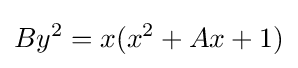
By^{2}=x(x^{2}+Ax+1)